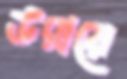
উরায়ে